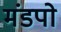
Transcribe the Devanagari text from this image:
मंडपो